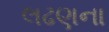
લઢણના